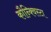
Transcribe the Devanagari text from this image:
कौन्क्विस्टा